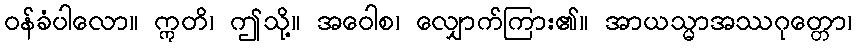
ဝန်ခံပါလော။ ဣတိ၊ ဤသို့။ အဝေါစ၊ လျှောက်ကြား၏။ အာယသ္မာအဿဂုတ္တော၊